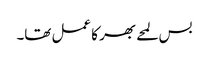
بس لمحے بھر کا عمل تھا۔